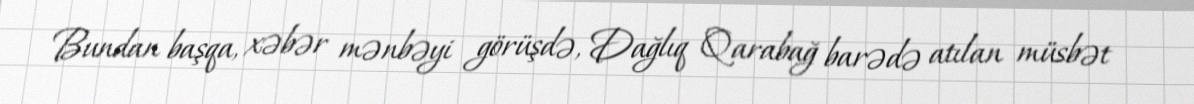
Bundan başqa, xəbər mənbəyi görüşdə, Dağlıq Qarabağ barədə atılan müsbət